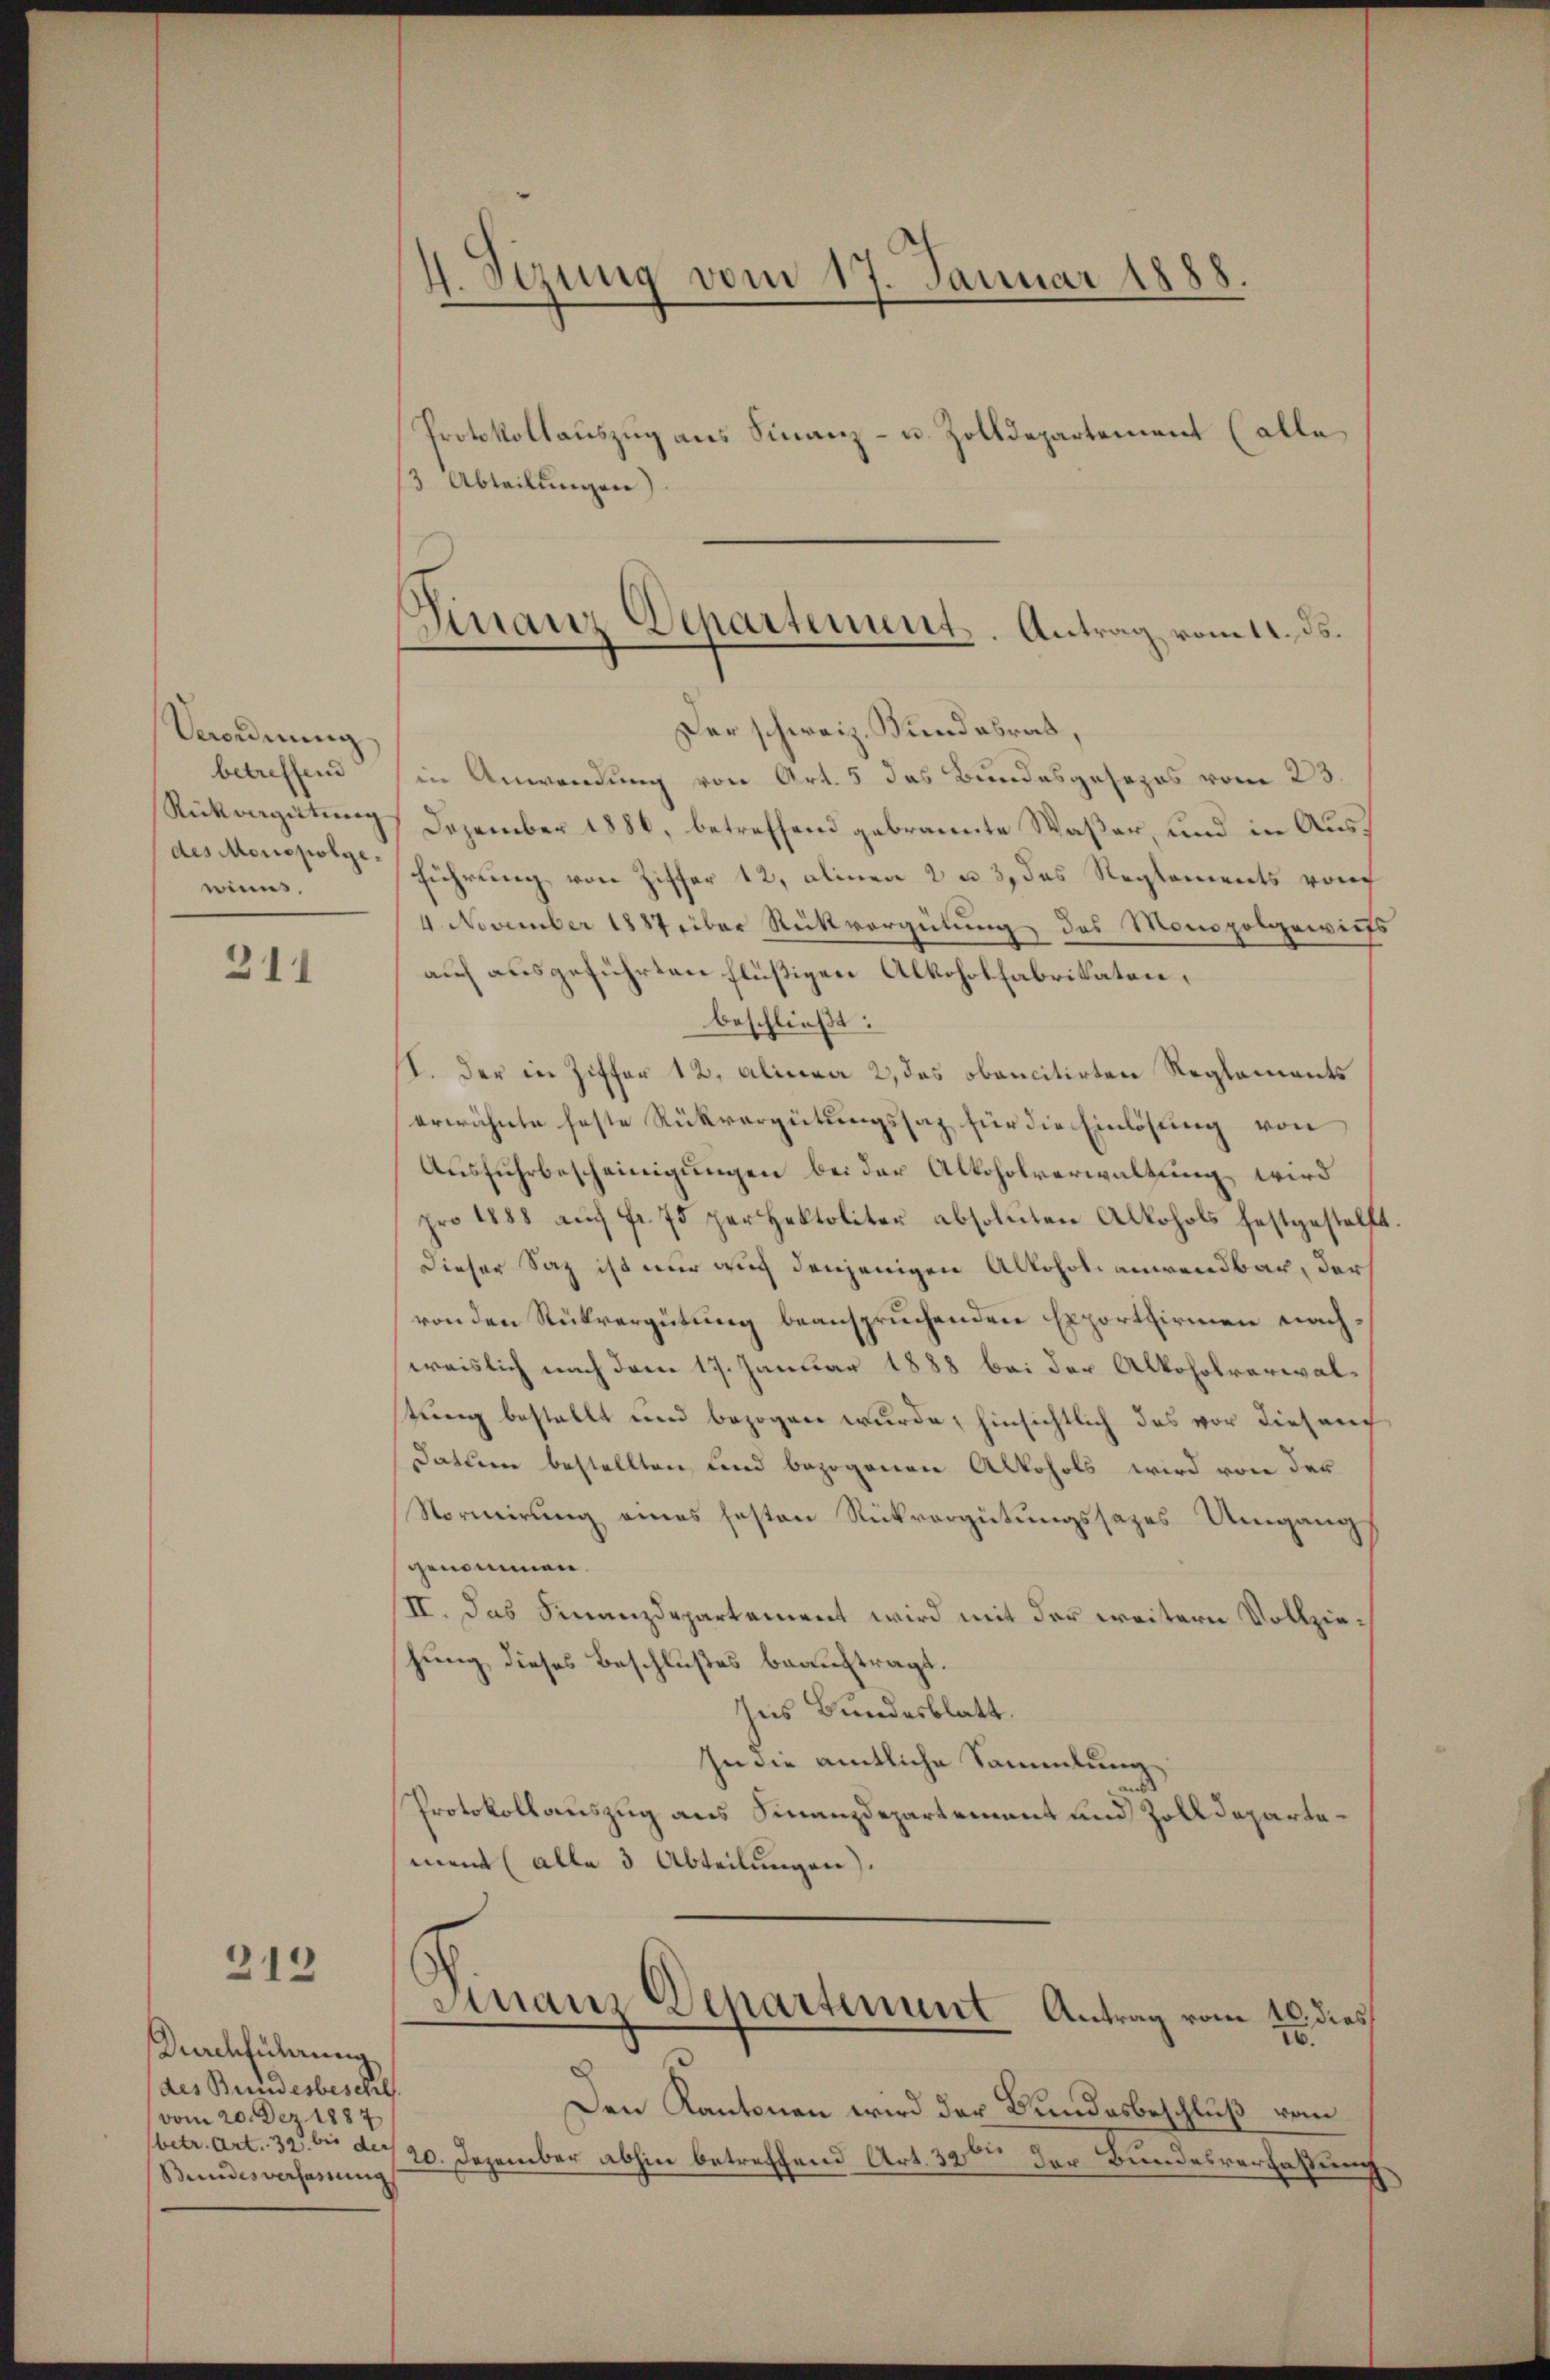
Verordnung
betreffend
Rückvergütung
des Monopolge.
winns.

211

213

Durchführung
des Bundesbesch
(vom 20. Dez. 1887
(betr. Art. 32. bis der
Bundesverfassung

4. Sizung vom 17. Januar 1888

Protokollauszug aus Finanz- u. Zolldepartement (alle
/3 Abteilungen
Der schweiz. Kundesrat,
in Anwendung von Art. 5 das Bundesgesezes vom 23.
Dezember 1886, betreffend gebrannte Waßer, und in Ausführung von Ziffer 12, alinea 2 u 3, das Reglements von
4. November 1887 über Rückvergütung des Monopolgewies
auf ausgeführten flüßigen Alkoholfabrikaten,
beschließt:
I. der in Ziffer 12. Alinea 2, das obencitirten Reglements
erwähnte feste Rückvergütungssatz für die Einlösung von
Ausfuhrbescheinigungen bei der Alkoholverwaltung wird
pro 1888 auf fr. 75 per Hektoliter absoluten Alkohols festgestellt
Dieser Saz ist nur auch denjenigen Alkoholianwendbar, der
von den Rückvergütung beanspruchenden Exportirmen nachweislich nach dem 17. Januar 1888 bei der Alkoholverwaltung bestellt und bezogen wurde; hinsichtlich das vor diesen
Datum bestellten und bezogenen Alkohols wird von der
Normirung eines festen Rückvergütungssazes Umgangs
genommen.
II. das Finanzdepartement wird mit der weitern Vollziehung dieses Beschlußes beauftragt.
Ins Bundesblatt.
In die amtliche Sammlung
Protokollauszug aus Finanzdepartement und Zolldepartement (alle 3 Abteilungen).
Finanz Departement Antrag vom 20. dies
I.
Den Kantonen wird der Bundesbeschluß vom
20. Dezember abhin betreffend Art. 30ten der Bundesverfassung

Finanz Departement. Antrag vom 11. ds.